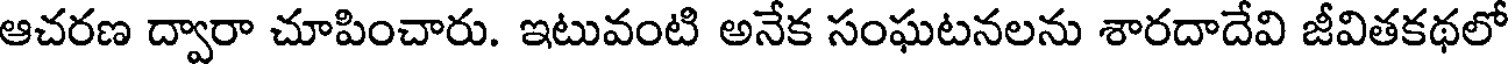
ఆచరణ ద్వారా చూపించారు. ఇటువంటి అనేక సంఘటనలను శారదాదేవి జీవితకథలో